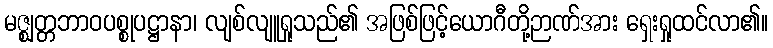
မဇ္ဈတ္တဘာဝပစ္စုပဋ္ဌာနာ၊ လျစ်လျူရှုသည်၏ အဖြစ်ဖြင့်ယောဂီတို့ဉာဏ်အား ရှေးရှုထင်လာ၏။